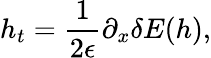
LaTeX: h_{t}=\frac{1}{2\epsilon}\partial_{x}\delta E(h),